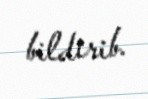
bildirib.